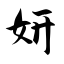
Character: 妍